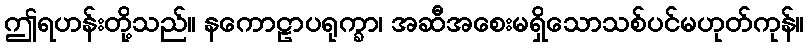
ဤရဟန်းတို့သည်။ နကောဠာပရုက္ခာ၊ အဆီအစေးမရှိသောသစ်ပင်မဟုတ်ကုန်။